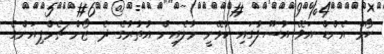
ހޯމް އެންޑް އަވޭ އުސޫލުގައި ކުޅޭނީ މާލެއިން އުތުރުގެ ދެ ޒޯން ޗެމްޕިއަންގެ